65_HS1-834228961_62-HQ-83894_Section_9
Agency: FBI
Page 121
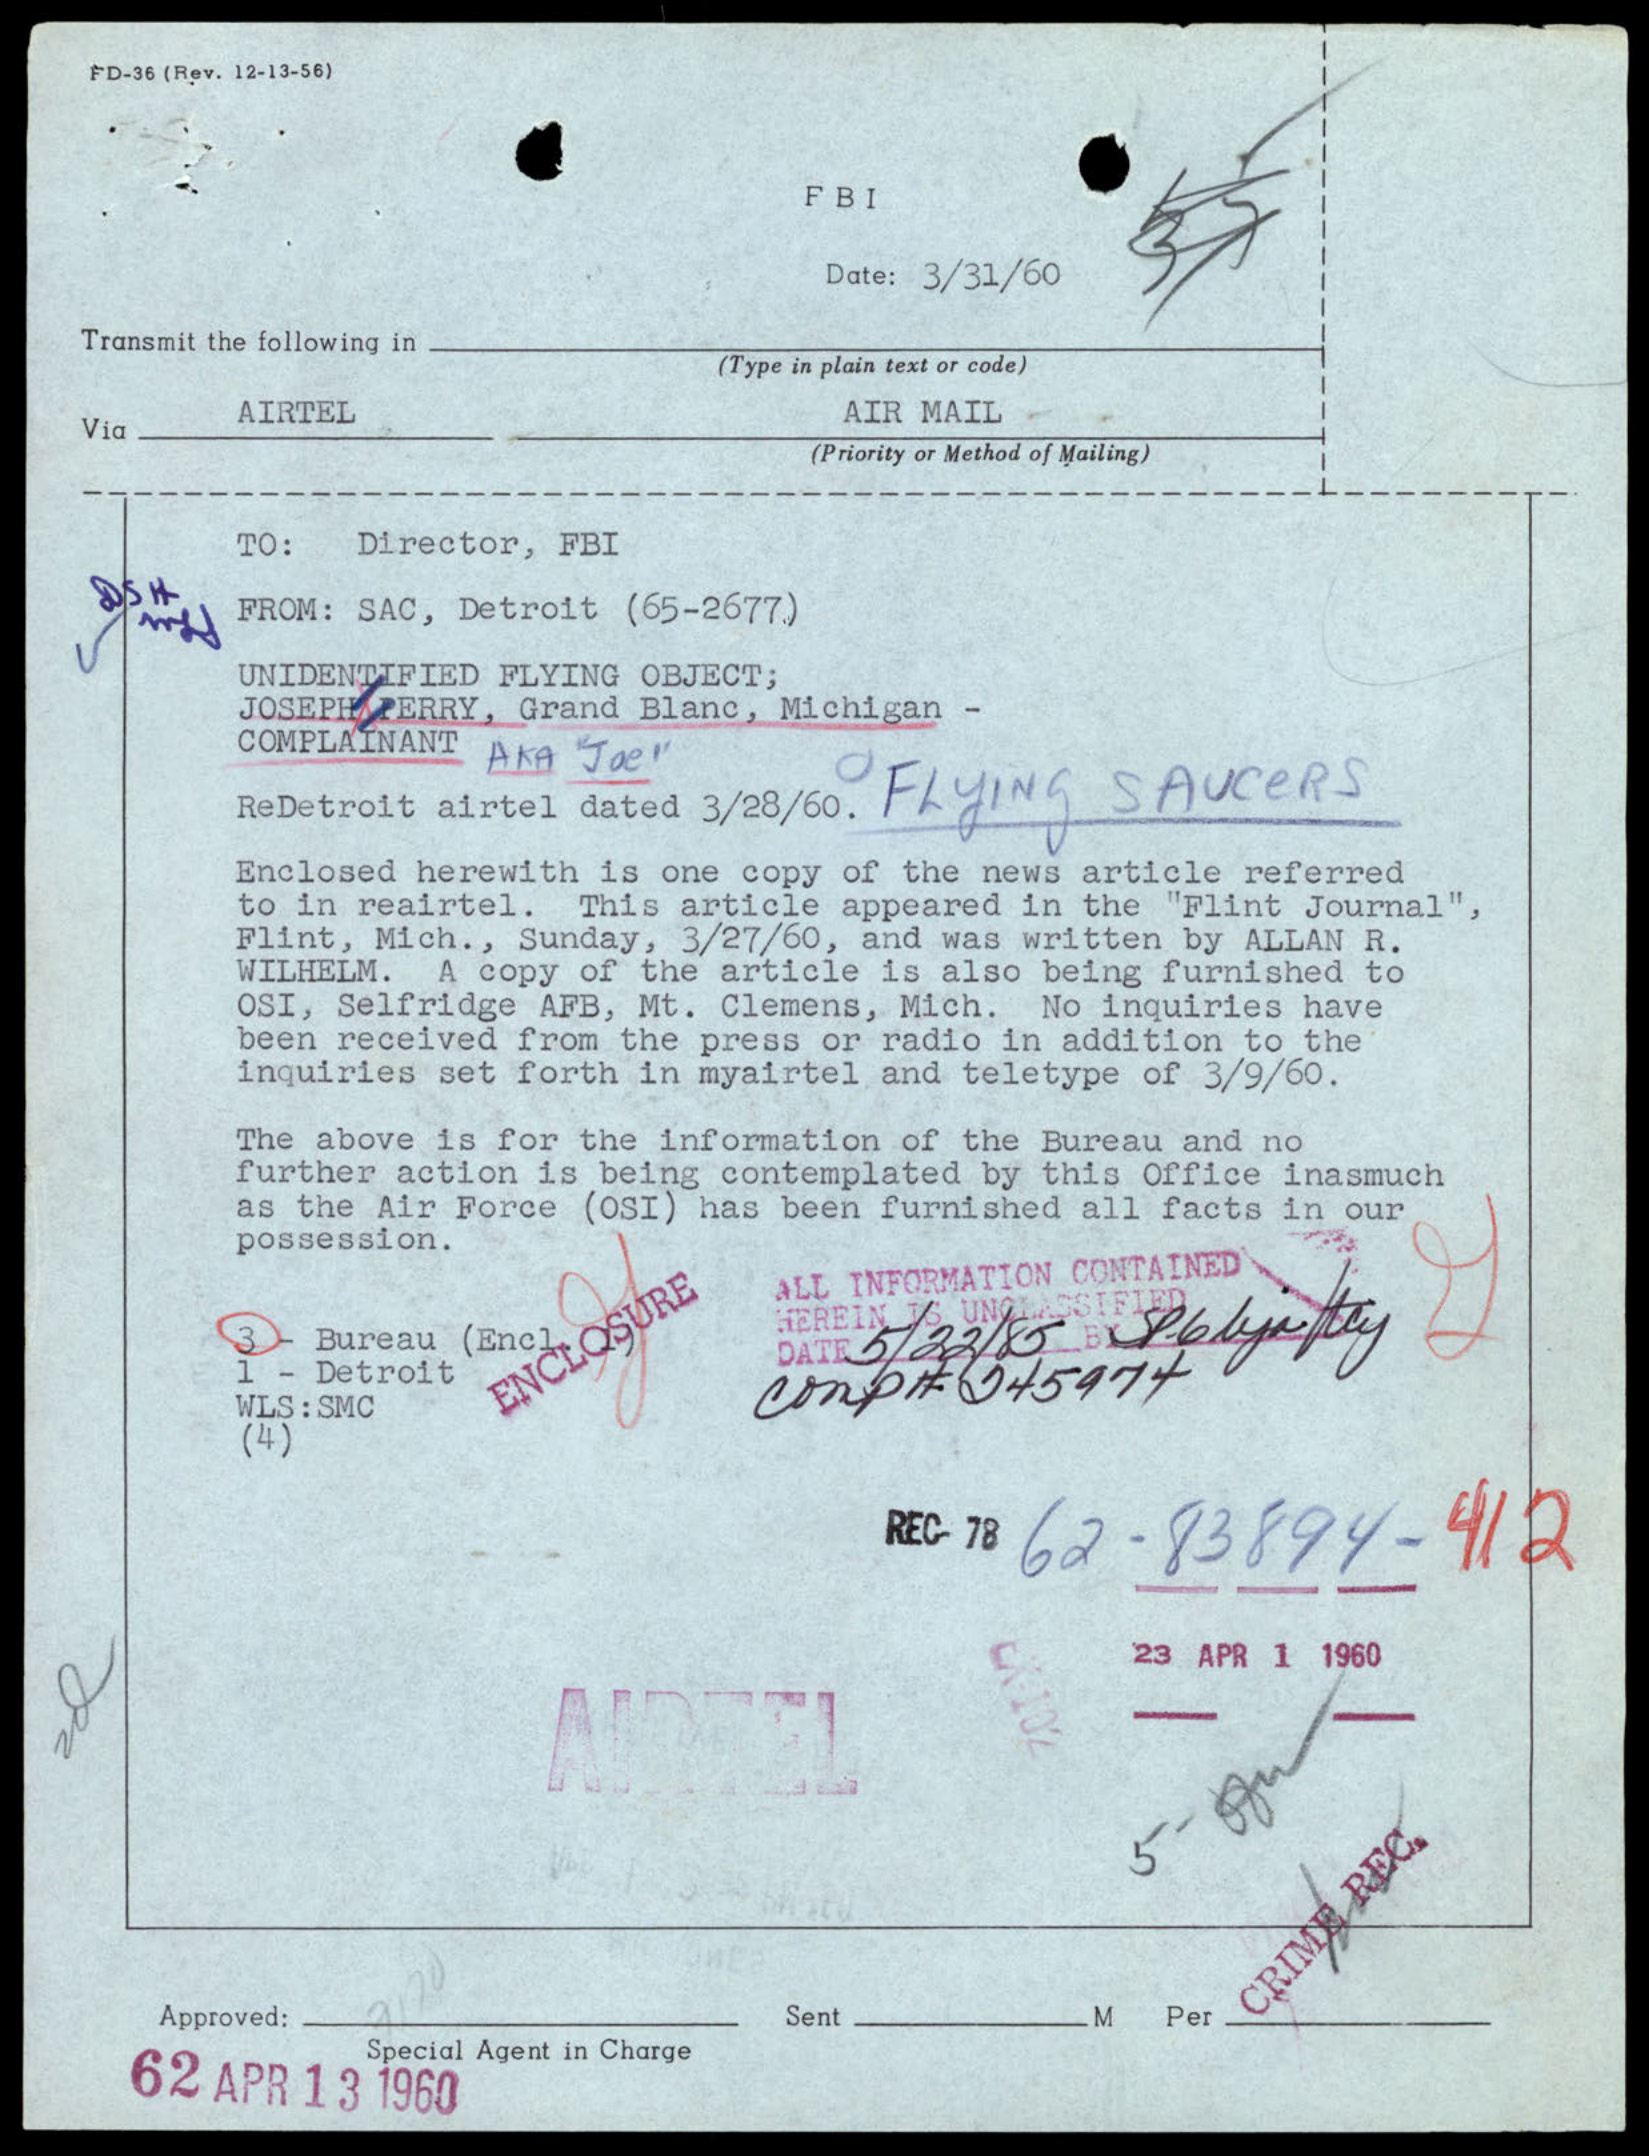